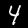
Digit: 4